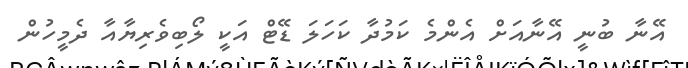
އޭނާ ބުނީ އޭނާއަށް އެންމެ ކަމުދާ ކަހަލަ ޑޭޓް އަކީ ލޯބިވެރިޔާއާ ދެމީހުން